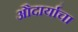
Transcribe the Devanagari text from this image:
औदार्याचा